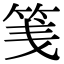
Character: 䇳